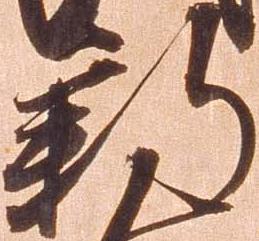
新